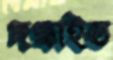
দগ্ধাইত